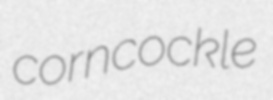
corncockle